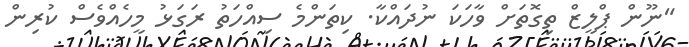
"ނޫން ޕްލީޒް ތިގޮތަށް ވާހަކަ ނުދައްކާ. ކިތަންމެ ސިއްހަތު ރަގަޅު މީހެއްވެސް ކުރިން